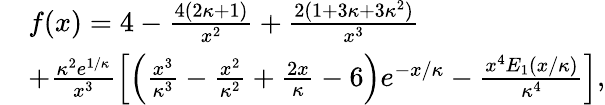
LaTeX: \begin{array}{rl}&{f(x)=4-\frac{4(2\kappa+1)}{x^{2}}+\frac{2(1+3\kappa+3\kappa^{2})}{x^{3}}}\\ &{+\frac{\kappa^{2}e^{1/\kappa}}{x^{3}}\left[\left(\frac{x^{3}}{\kappa^{3}}-\frac{x^{2}}{\kappa^{2}}+\frac{2x}{\kappa}-6\right)e^{-x/\kappa}-\frac{x^{4}E_{1}(x/\kappa)}{\kappa^{4}}\right],}\end{array}